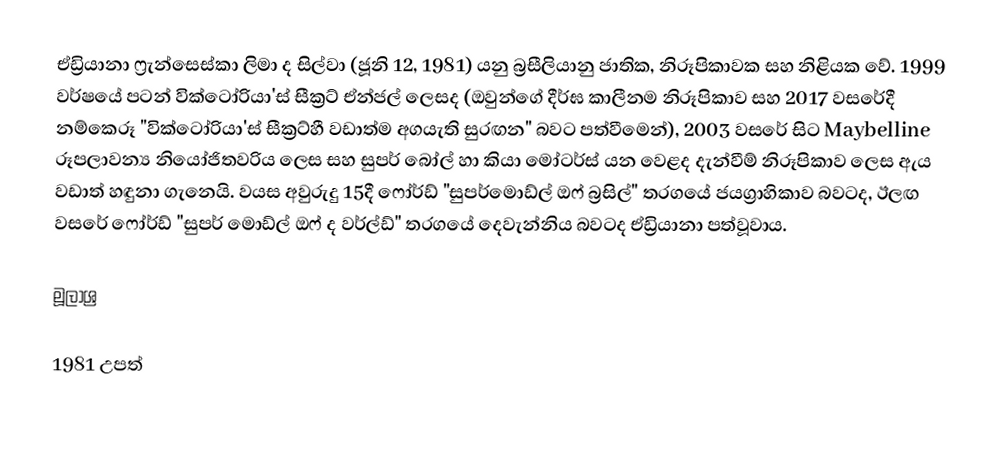
ඒඩ්‍රියානා ෆ්‍රැන්සෙස්කා ලිමා ද සිල්වා (ජූනි 12, 1981) යනු බ්‍රසීලියානු ජාතික, නිරූපිකාවක සහ නිළියක වේ. 1999 වර්ෂයේ පටන් වික්ටෝරියා'ස් සීක්‍රට් ඒන්ජල් ලෙසද (ඔවුන්ගේ දීර්ඝ කාලීනම නිරූපිකාව සහ 2017 වසරේදී නම්කෙරූ "වික්ටෝරියා'ස් සීක්‍රට්හී වඩාත්ම අගයැති සුරඟන" බවට පත්වීමෙන්), 2003 වසරේ සිට Maybelline රූපලාවන්‍ය නියෝජිතවරිය ලෙස සහ සුපර් බෝල් හා කියා මෝටර්ස් යන වෙළද දැන්වීම් නිරූපිකාව ලෙස ඇය වඩාත් හඳුනා ගැනෙයි. වයස අවුරුදු 15දී ෆෝර්ඩ් "සුපර්මොඩ්ල් ඔෆ් බ්‍රසිල්" තරගයේ ජයග්‍රාහිකාව බවටද, ඊලඟ වසරේ ෆෝර්ඩ් "සුපර් මොඩ්ල් ඔෆ් ද වර්ල්ඩ්" තරගයේ දෙවැන්නිය බවටද ඒඩ්‍රියානා පත්වූවාය.

මූලාශ්‍ර

1981 උපත්